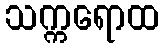
သက္ကရောထ